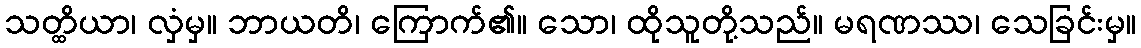
သတ္ထိယာ၊ လှံမှ။ ဘာယတိ၊ ကြောက်၏။ သော၊ ထိုသူတို့သည်။ မရဏဿ၊ သေခြင်းမှ။